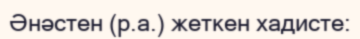
Әнәстен (р.а.) жеткен хадисте: